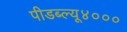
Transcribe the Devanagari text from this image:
पीडब्ल्यू४०००